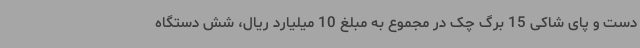
دست و پای شاکی 15 برگ چک در مجموع به مبلغ 10 میلیارد ریال، شش دستگاه